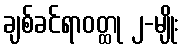
ချစ်ခင်ရာဝတ္ထု ၂-မျိုး